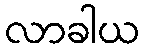
လာခါယ